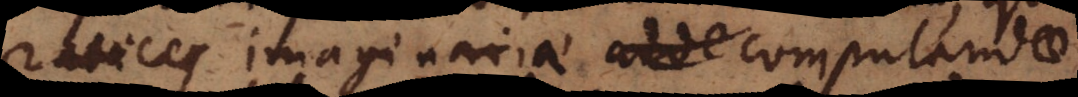
radices imaginariae adde computandae